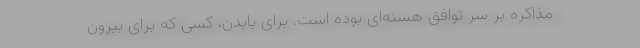
مذاکره بر سر توافق هسته‌ای بوده است. برای بایدن، کسی که برای بیرون